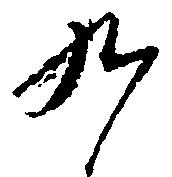
九